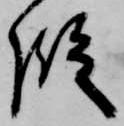
段